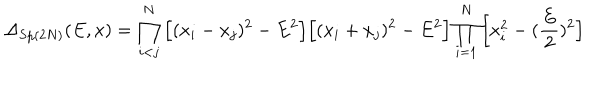
\Delta _ { \mathrm { S p } ( 2 N ) } ( E , x ) = \prod _ { i < j } ^ { N } \Big [ ( x _ { i } - x _ { j } ) ^ { 2 } - E ^ { 2 } \Big ] \Big [ ( x _ { i } + x _ { j } ) ^ { 2 } - E ^ { 2 } \Big ] \prod _ { i = 1 } ^ { N } \Big [ x _ { i } ^ { 2 } - ( \frac { E } { 2 } ) ^ { 2 } \Big ]